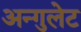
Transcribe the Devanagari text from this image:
अन्गुलेट